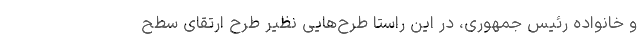
و خانواده رئیس جمهوری، در این راستا طرح‌هایی نظیر طرح ارتقای سطح